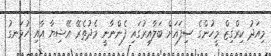
މިއަދު ކިރްގިޒް މީހުންގެ ސިފައަށް ބަލާއިރުގައި ފެންނާނީ މެދުތެރޭ އޭޝިޔާ އާއި ހުޅަނގު